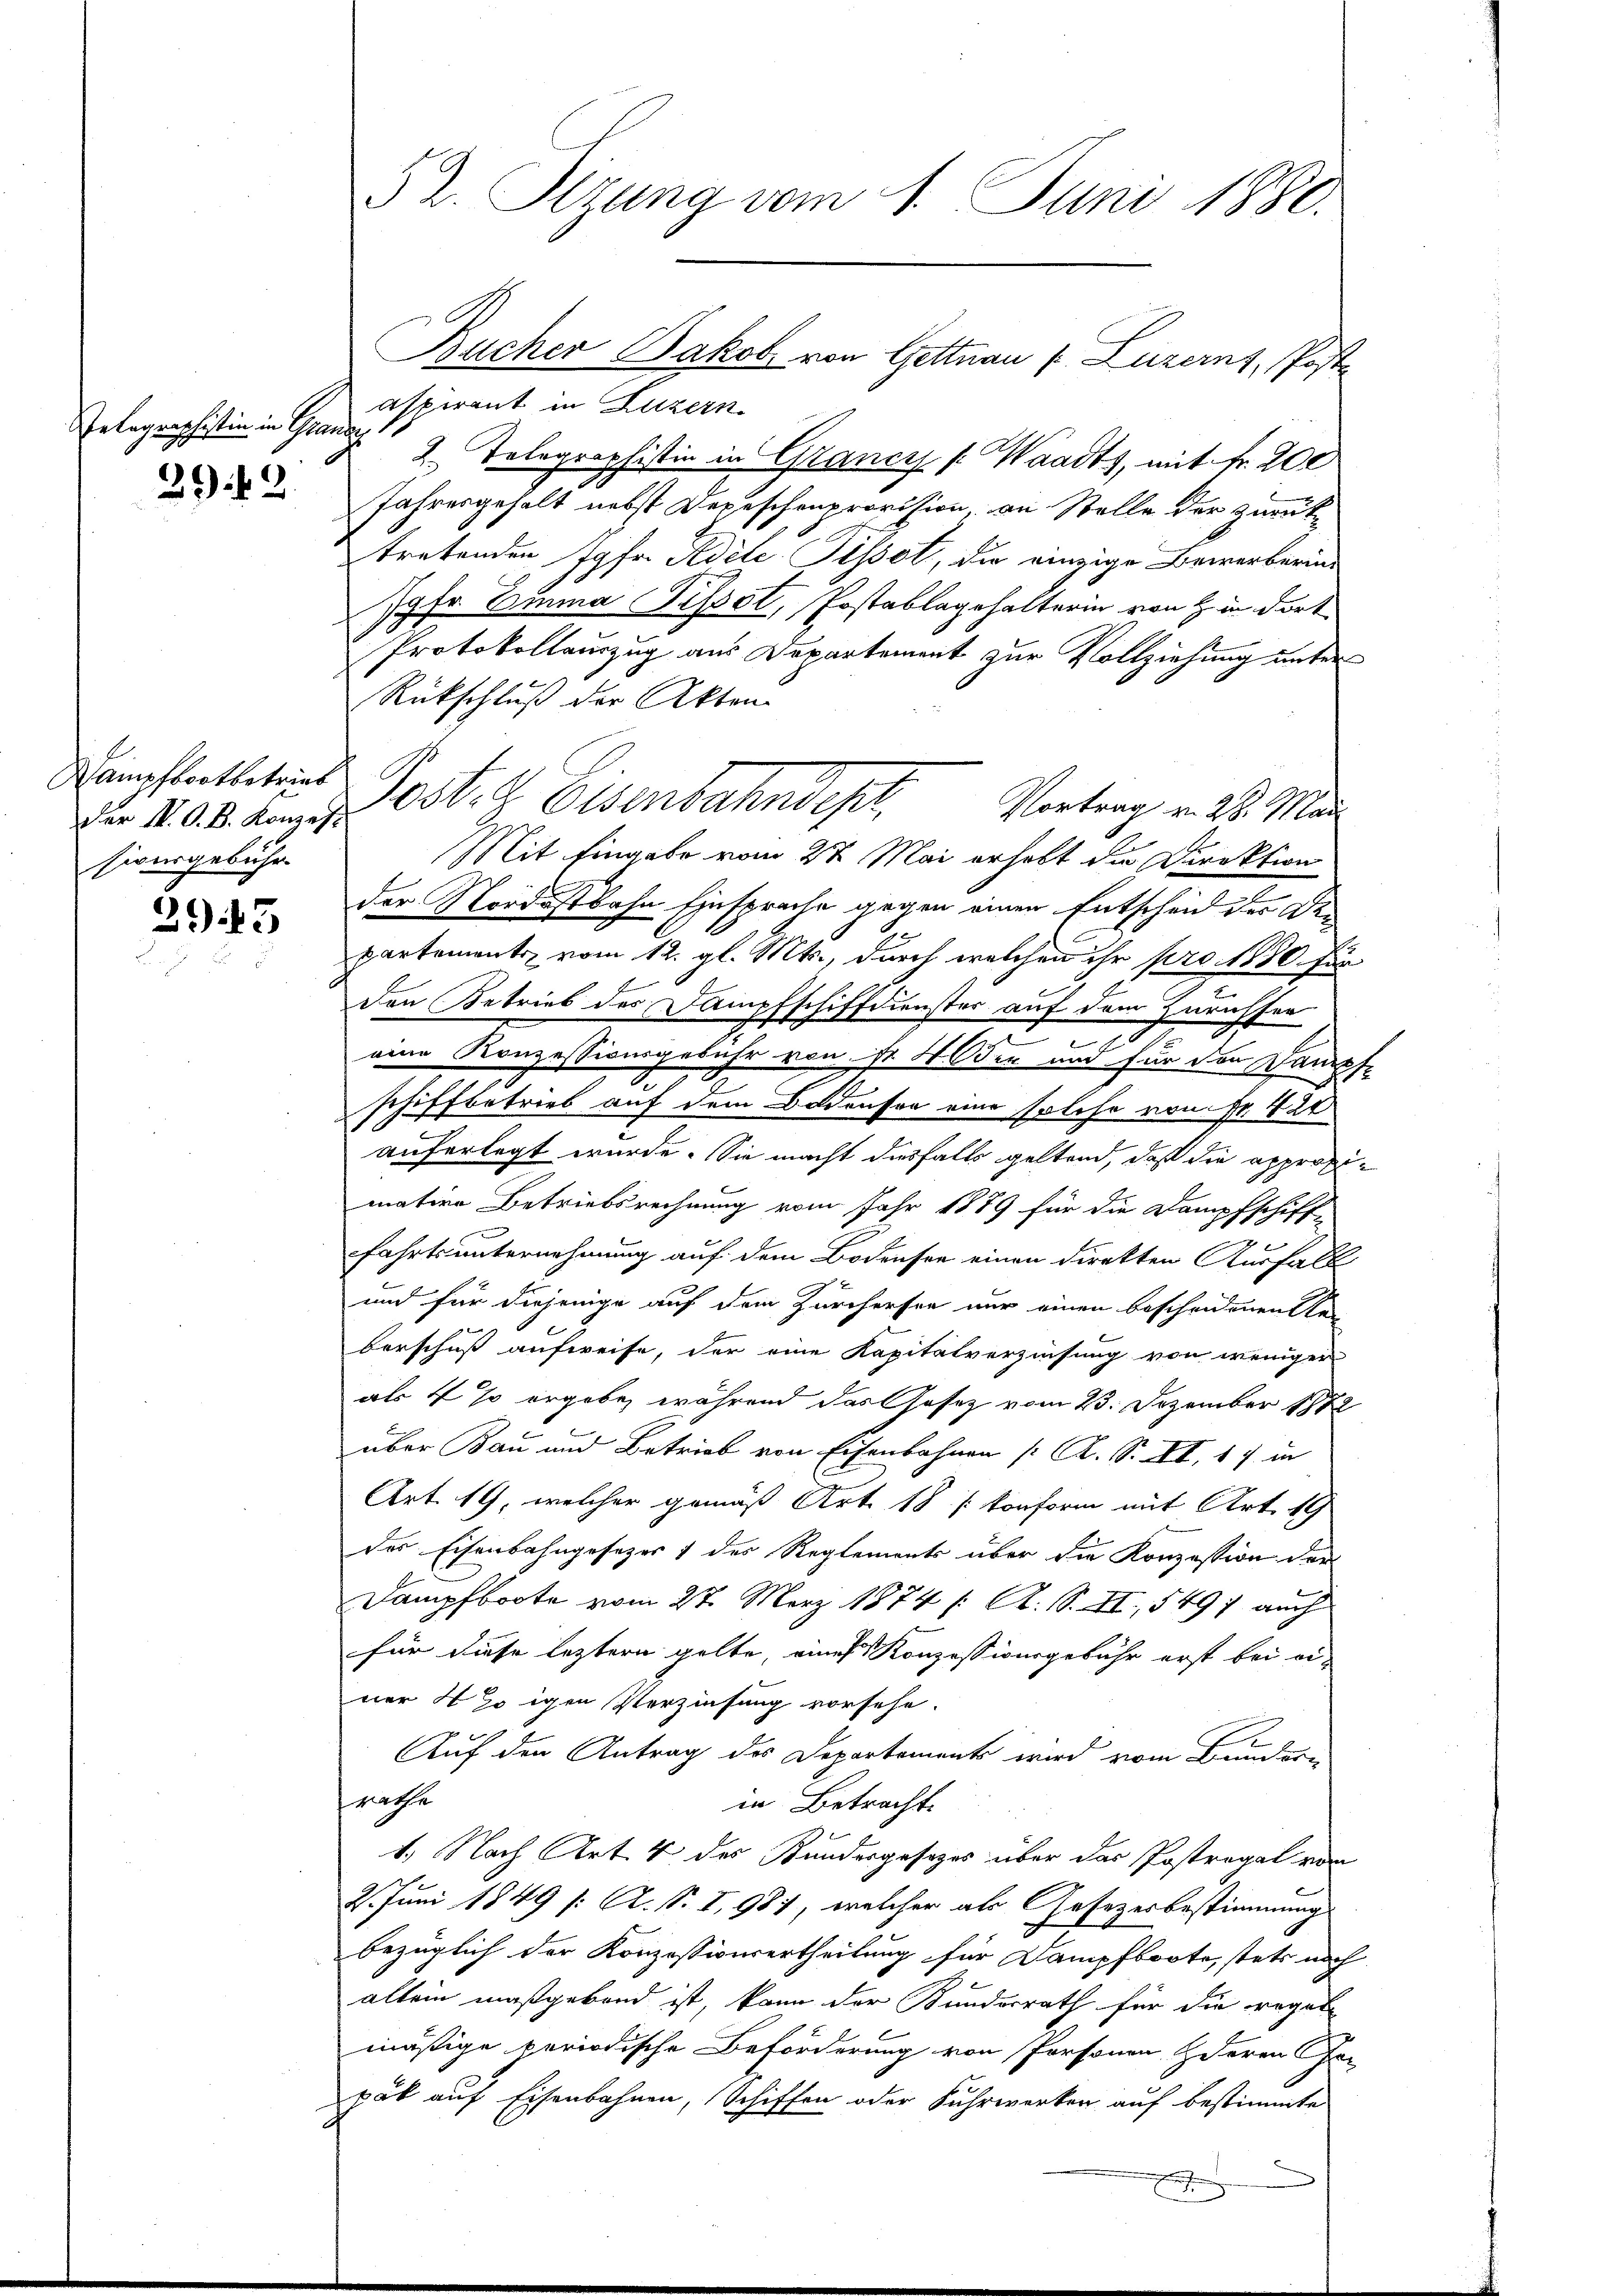
elographistin in Granda

29.42

Hampfbootbetrieb
Der N. O. B. Konzes
sionsgebühr

295

52. Sitzung vom 1. Juni 1880.

aspirant in Luzern
2. Telegraphistin in Grancs (Waadts, mit Fr. 200
Jahresgehalt nebst Depeschenprovision an Stelle der zurück-
tretenden Jgfr. Adele Pissot, die einzige Bewerberins
79fr. Emma Tissot, Postablagehalterin von in dort
Protokollauszug aus Departement zur Vollziehung unter
Rückschluß der Akten
Post. G. Eisenbahndepr
Vortrag v. 28. Mai
Mit Eingabe vom 27. Mai erhalt die Direktion
der Nordostbahn Einsprache gegen einen Entscheid der Departements vom 12. gl. Mts., durch welchen ihr pro. 1880 für
den Betrieb des Sampfschiffdienster auf dem Zürichter

eine Konzessionsgebühr von ist 4 der und für den Dampfe
schiffbetrieb auf dem Bodenson eine solche von Fr. 420
auferlegt wurde. Sie macht desfalls geltend, daß die appropimative Betriebsrechnung vom Jahr 1879 für die Dampfschiff-
fahrtsunternehmung auf dem Bodensee einen direkten Ausfall
und für diejenige auf dem Zürchersee nur einen bescheidenen Re
berschuß aufweise, der eine Kapitalverzinsung von weniger
als 4 % ergebe, während das Gesetz vom 23. Dezember 1882
über Bau und Betrieb von Eisenbahnen [R. S. XI, 17 in
Art. 19, welcher gemäß Art. 18 / konform mit Art. 19
des Eisenbahngesezes) des Reglements über die Konzession der
Dampfboote vom 27. März 1874 /: A. S. II, 5497 auch
für diese leztern gelte, eines Konzessionsgebühr erst bei einer 42 igen Verzinsung vorsehe.
Auf den Antrag des Departements wird vom Bundern
rathe
in Betracht.
1. Nach Art. 4 des Kundesgesezes über das Postregal von
2. Juni 1849 /: A. S. I, 981, welcher als Gesetzesbestimmung
bezüglich der Konzessionsertheilung für Kampfboote, stets noch
allein maßgebend ist, kann der Bundesrath für die regel
mäßige periodische Beförderung von Personen Herrn Fr.
pak auf Eisenbahnen, Schiffen oder Fuhrwerken auf bestimmte
x

Bucher Jakob von Gettnau v. Luzernt, Poste